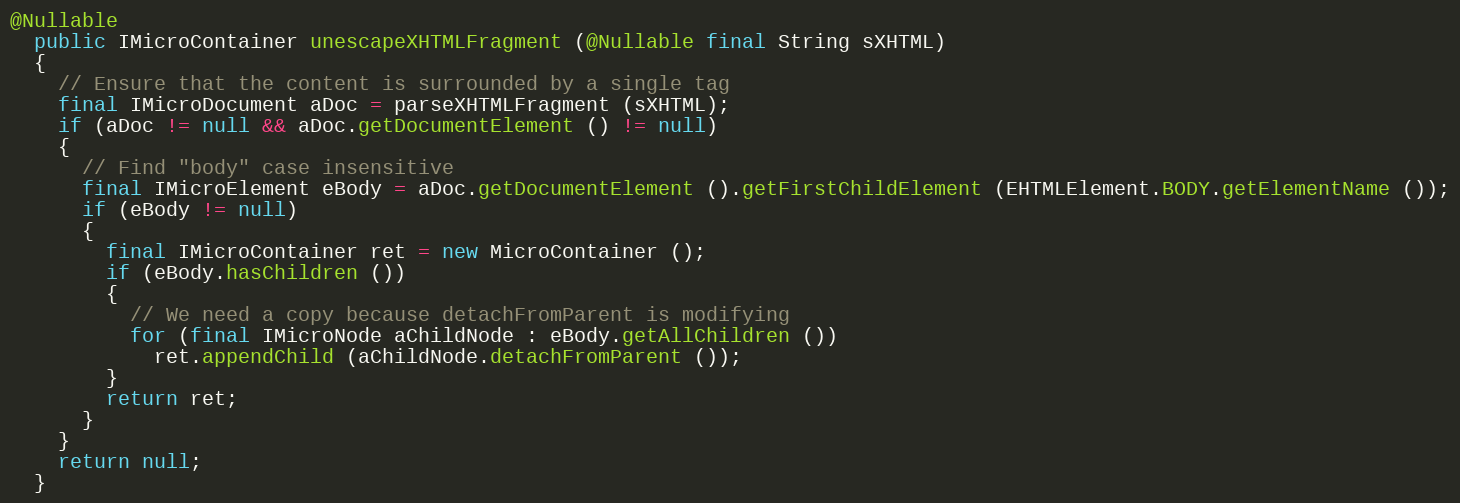
Language: Java
@Nullable
  public IMicroContainer unescapeXHTMLFragment (@Nullable final String sXHTML)
  {
    // Ensure that the content is surrounded by a single tag
    final IMicroDocument aDoc = parseXHTMLFragment (sXHTML);
    if (aDoc != null && aDoc.getDocumentElement () != null)
    {
      // Find "body" case insensitive
      final IMicroElement eBody = aDoc.getDocumentElement ().getFirstChildElement (EHTMLElement.BODY.getElementName ());
      if (eBody != null)
      {
        final IMicroContainer ret = new MicroContainer ();
        if (eBody.hasChildren ())
        {
          // We need a copy because detachFromParent is modifying
          for (final IMicroNode aChildNode : eBody.getAllChildren ())
            ret.appendChild (aChildNode.detachFromParent ());
        }
        return ret;
      }
    }
    return null;
  }